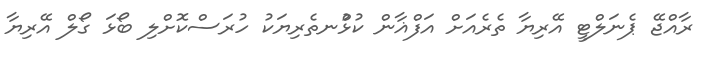
ރާއްޖޭ ޕެނަލްޓީ އޭރިޔާ ތެރެއަށް އަފްޣާން ކުޅުްނތެރިޔަކު ހުރަސްކޮށްލި ބޯޅަ ގޯލް އޭރިޔާ